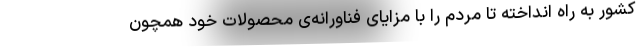
کشور به راه انداخته تا مردم را با مزایای فناورانه‌ی محصولات خود همچون